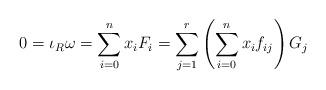
LaTeX: \begin{align*}0 = \iota_R \omega = \sum_{i=0}^n x_i F_i = \sum_{j=1}^r\left(\sum_{i=0}^n x_i f_{ij}\right) G_j\end{align*}